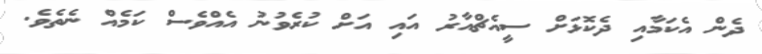
ދެން އެކަމާއި ދެކޮޅަށް ސީއެޗްއާރު އައި އަށް ކުރެވުނު އެއްވެސް ކަމެއް ނެތެވެ.